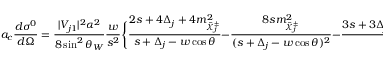
a _ { c } \frac { d \sigma ^ { 0 } } { d \Omega } = \frac { | V _ { j 1 } | ^ { 2 } \alpha ^ { 2 } } { 8 \sin ^ { 2 } \theta _ { W } } \frac { w } { s ^ { 2 } } \Bigg \{ \frac { \displaystyle 2 s + 4 \Delta _ { j } + 4 m _ { \tilde { \chi } _ { j } ^ { \pm } } ^ { 2 } } { s + \Delta _ { j } - w \cos \theta } { } - \frac { 8 s m _ { \tilde { \chi } _ { j } ^ { \pm } } ^ { 2 } } { ( s + \Delta _ { j } - w \cos \theta ) ^ { 2 } } - \frac { 3 s + 3 \Delta _ { j } + w \cos \theta } { 2 s } \Bigg \} ,